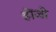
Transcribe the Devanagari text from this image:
होंजो